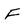
Character: F